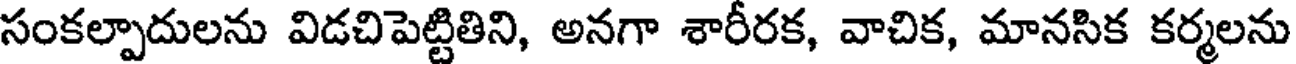
సంకల్పాదులను విడచిపెట్టితిని, అనగా శారీరక, వాచిక, మానసిక కర్మలను